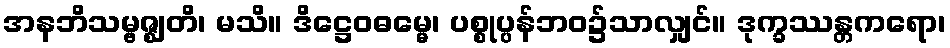
အနဘိသမ္ဗဇ္ဈတိ၊ မသိ။ ဒိဋ္ဌေဝဓမ္မေ၊ ပစ္စုပ္ပန်ဘဝ၌သာလျှင်။ ဒုက္ခဿန္တကရော၊